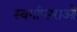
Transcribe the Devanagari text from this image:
स्वर्गाप्सराओं